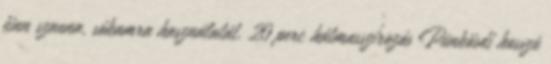
finn szauna, sókamra használatát, 20 perc hátmasszírozás Pünkösdi hosszú